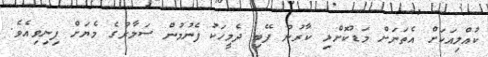
ކުއްލިއަކަށް އެތަނަށް މަޑުކޮށްލި ކާރުން ފޭބި ދެމީހަކު ފެނުމުން ސަލާރުގެ މެޔަށް ފިނިވިއެވެ.